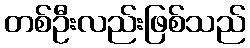
တစ်ဦးလည်းဖြစ်သည်